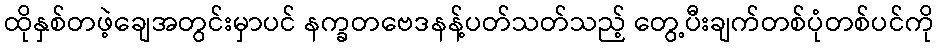
ထိုနှစ်တဖဲ့ချေအတွင်းမှာပင် နက္ခတဗေဒနန့်ပတ်သတ်သည့် တွေ့ပီးချက်တစ်ပုံတစ်ပင်ကို